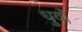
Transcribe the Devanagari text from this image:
धुर्वों